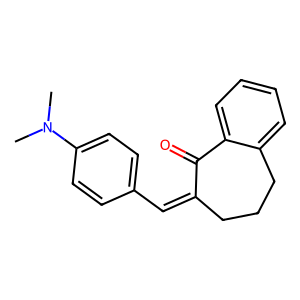
SMILES: CN(C)c1ccc(C=C2CCCc3ccccc3C2=O)cc1
Inhibits HIV replication: No